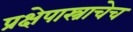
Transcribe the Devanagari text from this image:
प्रक्षेपास्त्राचेच